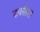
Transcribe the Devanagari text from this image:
टक्सैस